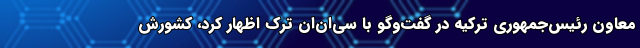
معاون رئیس‌جمهوری ترکیه در گفت‌وگو با سی‌ان‌ان ترک اظهار کرد، کشورش